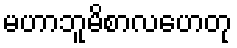
မဟာဘူမိစာလဟေတု